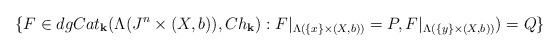
LaTeX: \begin{align*} \{ F \in dgCat_{\mathbf{k} } ( \Lambda(J^n \times (X,b) ) , Ch_{\mathbf{k}} ) : F|_{\Lambda( \{x\} \times (X,b) )} =P, F|_{\Lambda( \{y\} \times (X,b) )})=Q\}\end{align*}